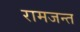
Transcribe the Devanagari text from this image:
रामजन्त